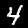
Label: 4